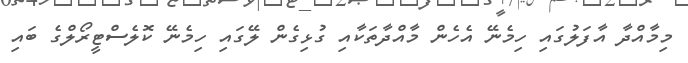
މިމާއްދާ އާފަލުގައި ހިމެނޭ އެހެން މާއްދާތަކާއި ގުޅިގެން ލޭގައި ހިމެނޭ ކޮލެސްޓީރޯލްގެ ބައި